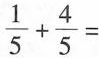
\frac{1}{5}+ \frac{4}{5}=